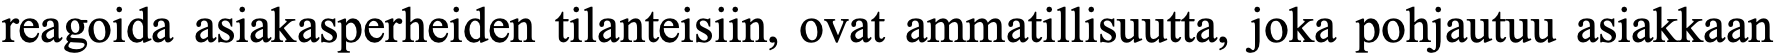
reagoida asiakasperheiden tilanteisiin, ovat ammatillisuutta, joka pohjautuu asiakkaan